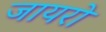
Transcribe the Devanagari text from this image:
जायरो